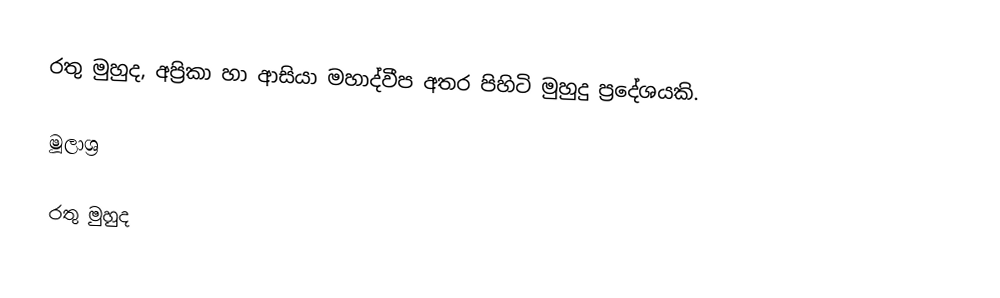
රතු මුහුද, අප්‍රිකා හා ආසියා මහාද්වීප අතර පිහිටි මුහුදු ප්‍රදේශයකි.

මූලාශ්‍ර

රතු මුහුද